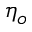
\eta _ { o }